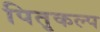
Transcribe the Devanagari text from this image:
पितृकल्प